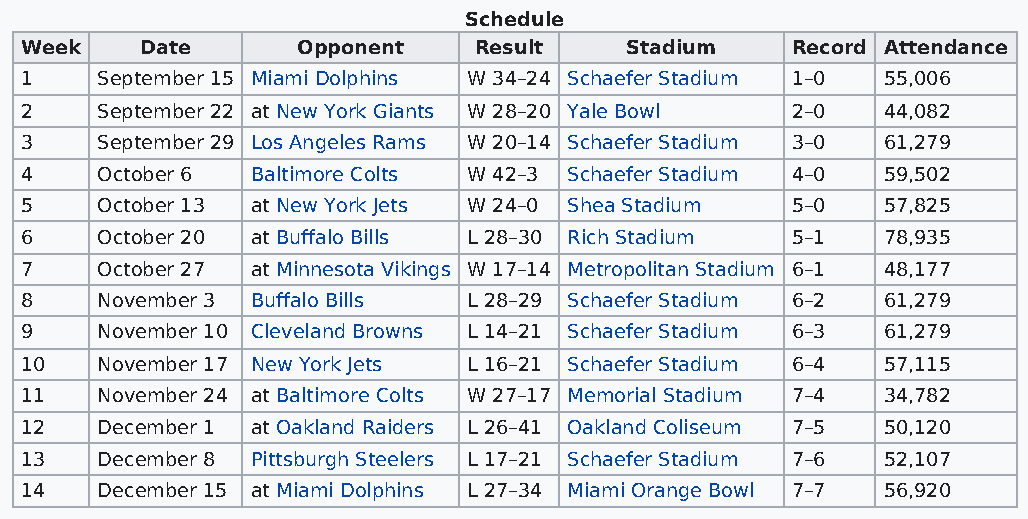
Schedule
 Week    Date       Opponent   Result    Stadium    Record Attendance
 1    September 15 Miami Dolphins W 34–24 Schaefer Stadium 1–0 55,006
 2    September 22 at New York Giants W 28–20 Yale Bowl 2–0 44,082
 3    September 29 Los Angeles Rams W 20–14 Schaefer Stadium 3–0 61,279
 4    October 6  Baltimore Colts W 42–3 Schaefer Stadium 4–0 59,502
 5    October 13 at New York Jets W 24–0 Shea Stadium 5–0 57,825
 6    October 20 at Buffalo Bills L 28–30 Rich Stadium 5–1 78,935
 7    October 27 at Minnesota Vikings W 17–14 Metropolitan Stadium 6–1 48,177
 8    November 3 Buffalo Bills L 28–29 Schaefer Stadium 6–2 61,279
 9    November 10 Cleveland Browns L 14–21 Schaefer Stadium 6–3 61,279
 10   November 17 New York Jets L 16–21 Schaefer Stadium 6–4 57,115
 11   November 24 at Baltimore Colts W 27–17 Memorial Stadium 7–4 34,782
 12   December 1 at Oakland Raiders L 26–41 Oakland Coliseum 7–5 50,120
 13   December 8 Pittsburgh Steelers L 17–21 Schaefer Stadium 7–6 52,107
 14   December 15 at Miami Dolphins L 27–34 Miami Orange Bowl 7–7 56,920